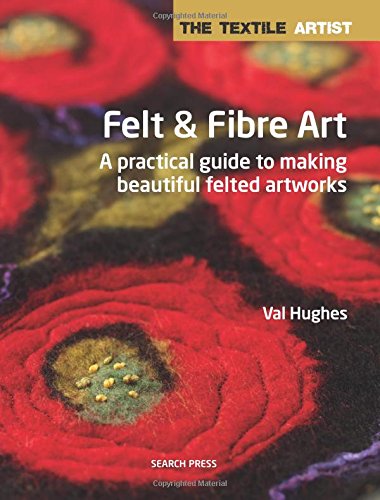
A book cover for Felt and Fibre Art (Textile Artist); Val Hughes; Crafts, Hobbies & Home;